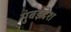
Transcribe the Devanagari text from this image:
मुंबईदेश